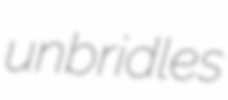
unbridles